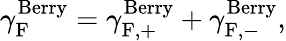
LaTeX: {\gamma}_{\mathrm{F}}^{\mathrm{Berry}}={\gamma}_{\mathrm{F,+}}^{\mathrm{Berry}}+{\gamma}_{\mathrm{F,-}}^{\mathrm{Berry}},